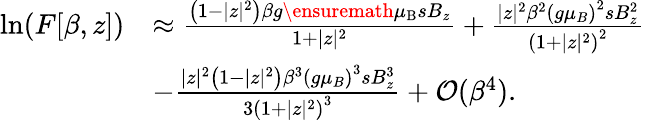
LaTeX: \begin{array}{rl}{\ln(F[\beta,z])}&{\approx\frac{\left(1-|z|^{2}\right)\beta g{\ensuremath{\mu_{\mathrm{B}}}}sB_{z}}{1+|z|^{2}}+\frac{|z|^{2}\beta^{2}\left(g\mu_{B}\right)^{2}sB_{z}^{2}}{\left(1+|z|^{2}\right)^{2}}}\\ &{-\frac{|z|^{2}\left(1-|z|^{2}\right)\beta^{3}\left(g\mu_{B}\right)^{3}sB_{z}^{3}}{3\left(1+|z|^{2}\right)^{3}}+\mathcal{O}(\beta^{4}).}\end{array}